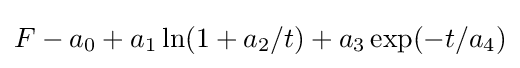
F-a_{0}+a_{1}\ln(1+a_{2}/t)+a_{3}\exp(-t/a_{4})